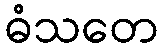
ဓံသတေ